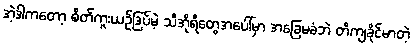
အဲ့ဒါကတော့ စိတ်ကူးယဉ်ဒြပ်မဲ့ သီအိုရီတွေအပေါ်မှာ အခြေမခံဘဲ တိကျခိုင်မာတဲ့